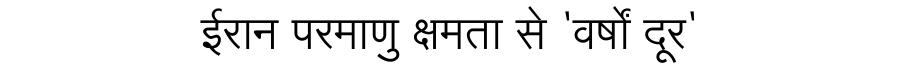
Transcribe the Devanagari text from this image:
ईरान परमाणु क्षमता से 'वर्षों दूर'